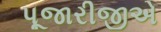
પૂજારીજીએ